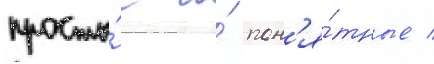
просты́е и́ пон'я́тные /